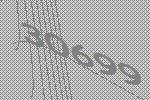
30699